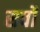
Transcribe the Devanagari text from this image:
सर्वों